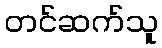
တင်ဆက်သူ